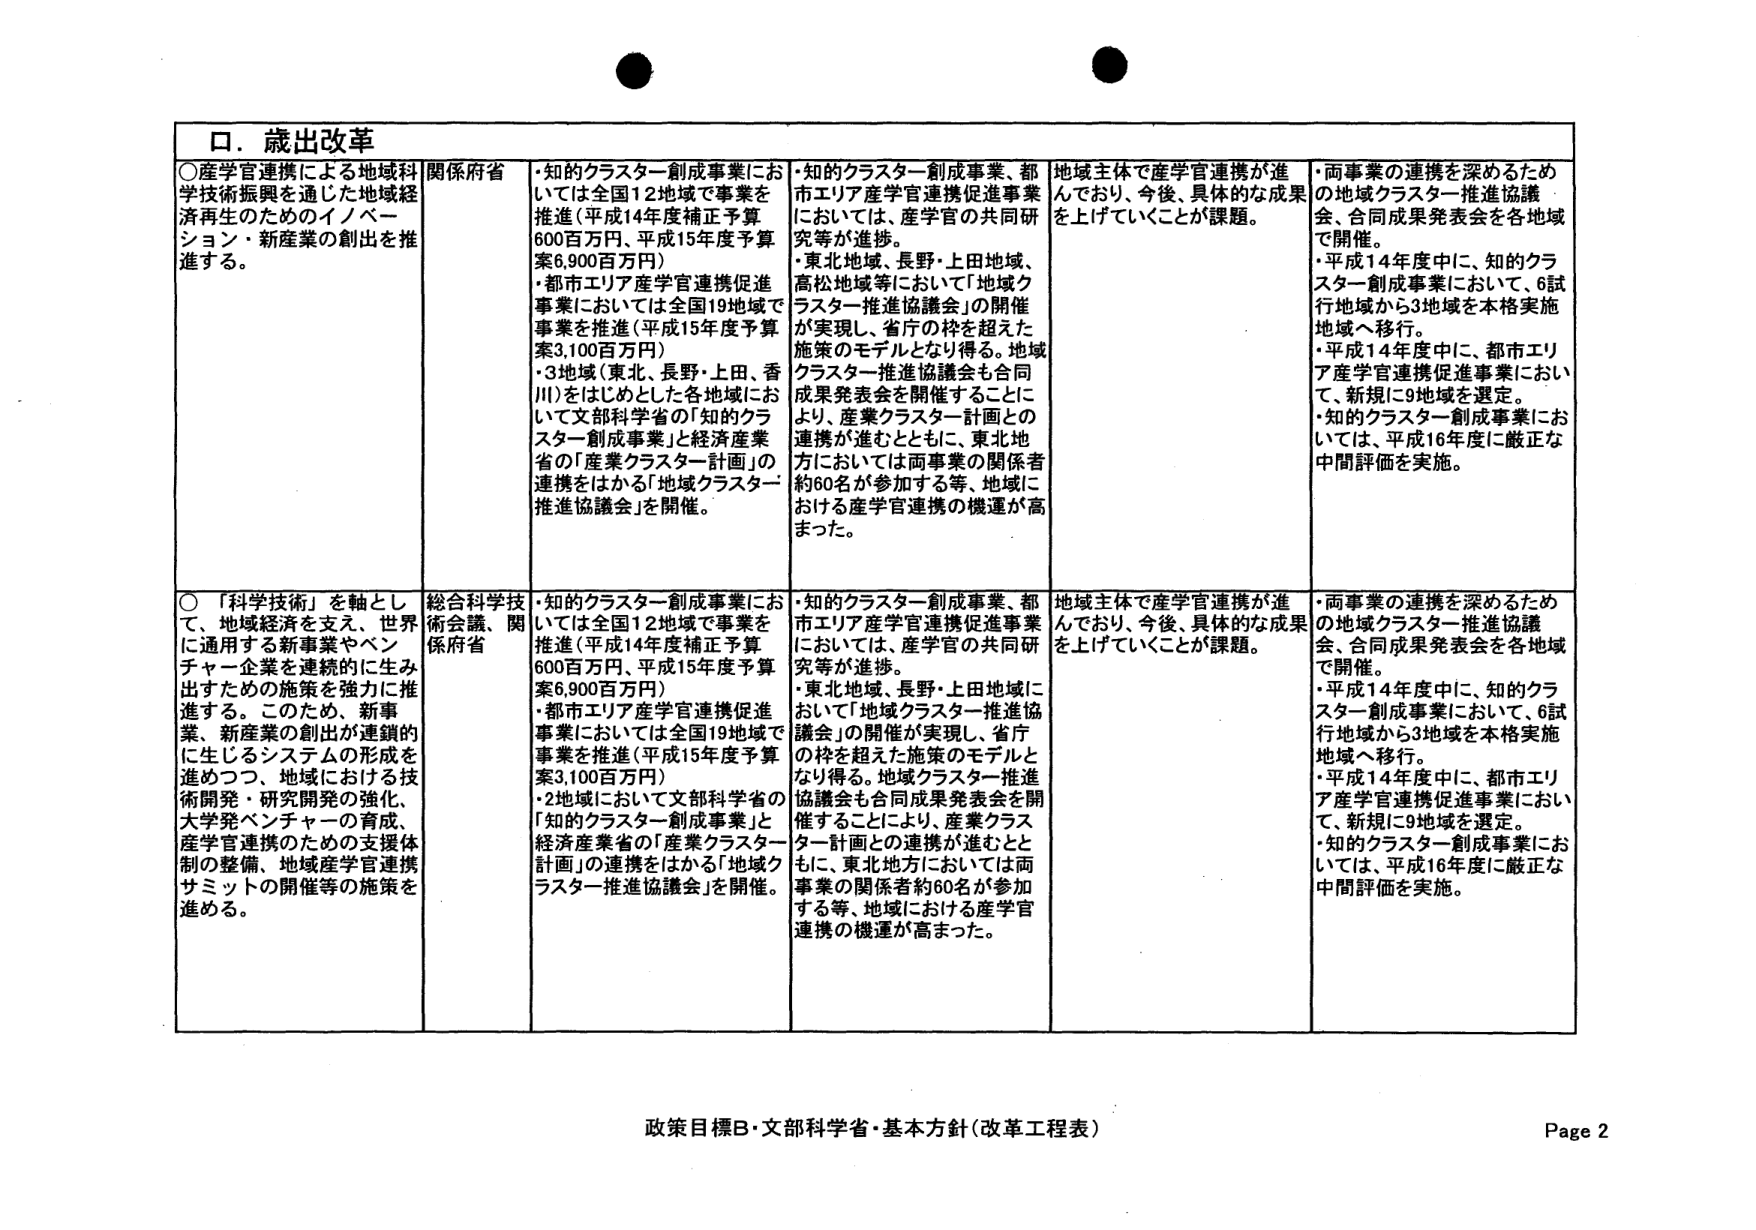
口．歳出改革

○産学官連携による地域科学技術振興を通じた地域経済再生のためのイノベーション・新産業の創出を推進する。

関係府省

・知的クラスター創成事業においては全国12地域で事業を推進（平成14年度補正予算600百万円、平成15年度予算案6,900百万円）
・都市エリア産学官連携促進事業においては全国19地域で事業を推進（平成15年度予算案3,100百万円）
・3地域（東北、長野・上田、香川）をはじめとした各地域において文部科学省の「知的クラスター創成事業」と経済産業省の「産業クラスター計画」の連携をはかる「地域クラスター推進協議会」を開催。

・知的クラスター創成事業、都市エリア産学官連携促進事業においては、産学官の共同研究等が進捗。
・東北地域、長野・上田地域、高松地域等において「地域クラスター推進協議会」の開催が実現し、省庁の枠を超えた施策のモデルとなり得る。地域クラスター推進協議会も合同成果発表会を開催することにより、産業クラスター計画との連携が進むとともに、東北地方においては両事業の関係者約60名が参加する等、地域における産学官連携の機運が高まった。

地域主体で産学官連携が進んでおり、今後、具体的な成果を上げていくことが課題。

・両事業の連携を深めるための地域クラスター推進協議会、合同成果発表会を各地域で開催。
・平成14年度中に、知的クラスター創成事業において、6試行地域から3地域を本格実施地域へ移行。
・平成14年度中に、都市エリア産学官連携促進事業において、新規に9地域を選定。
・知的クラスター創成事業においては、平成16年度に厳正な中間評価を実施。

○「科学技術」を軸として、地域経済を支え、世界に通用する新事業やベンチャー企業を連続的に生み出すための施策を強力に推進する。このため、新事業、新産業の創出が連鎖的に生じつづくシステムの形成を進める。地域における技術開発・研究開発の強化、大学発ベンチャーの育成、産学官連携のための支援体制の整備、地域産学官連携サミットの開催等の施策を進める。

総合科学技術会議、関係府省

・知的クラスター創成事業においては全国12地域で事業を推進（平成14年度補正予算600百万円、平成15年度予算案6,900百万円）
・都市エリア産学官連携促進事業においては全国19地域で事業を推進（平成15年度予算案3,100百万円）
・2地域において文部科学省の「知的クラスター創成事業」と経済産業省の「産業クラスター計画」の連携をはかる「地域クラスター推進協議会」を開催。

・知的クラスター創成事業、都市エリア産学官連携促進事業においては、産学官の共同研究等が進捗。
・東北地域、長野・上田地域において「地域クラスター推進協議会」の開催が実現し、省庁の枠を超えた施策のモデルとなり得る。地域クラスター推進協議会も合同成果発表会を開催することにより、産業クラスター計画との連携が進むとともに、東北地方においては両事業の関係者約60名が参加する等、地域における産学官連携の機運が高まった。

地域主体で産学官連携が進んでおり、今後、具体的な成果を上げていくことが課題。

・両事業の連携を深めるための地域クラスター推進協議会、合同成果発表会を各地域で開催。
・平成14年度中に、知的クラスター創成事業において、6試行地域から3地域を本格実施地域へ移行。
・平成14年度中に、都市エリア産学官連携促進事業において、新規に9地域を選定。
・知的クラスター創成事業においては、平成16年度に厳正な中間評価を実施。

政策目標B・文部科学省・基本方針（改革工程表）
Page 2